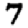
Digit: 7